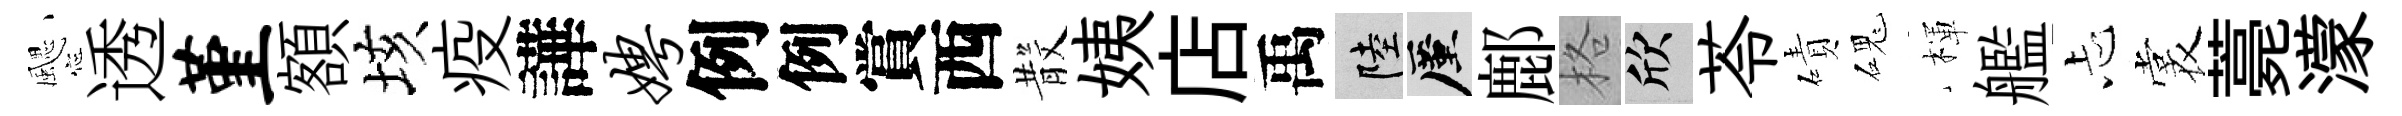
颸透堇額垓疫譁娉例例賞西𣪚姨店禹陸厪鄜格欣苓磧磈楎艦忐裳薧濛